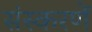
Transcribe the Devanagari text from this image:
संस्करणें